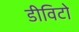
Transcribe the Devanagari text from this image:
डीविटो